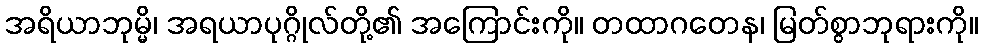
အရိယာဘုမ္မိ၊ အရယာပုဂ္ဂိုလ်တို့၏ အကြောင်းကို။ တထာဂတေန၊ မြတ်စွာဘုရားကို။